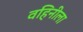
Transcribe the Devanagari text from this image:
वहिनीला